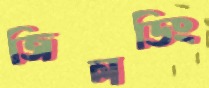
জিলডিং